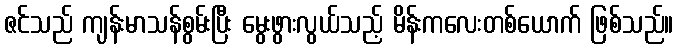
ဇင်သည် ကျန်းမာသန်စွမ်းပြီး မွေးဖွားလွယ်သည့် မိန်းကလေးတစ်ယောက် ဖြစ်သည်။